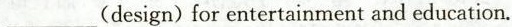
___ (design) for entertainment and education.